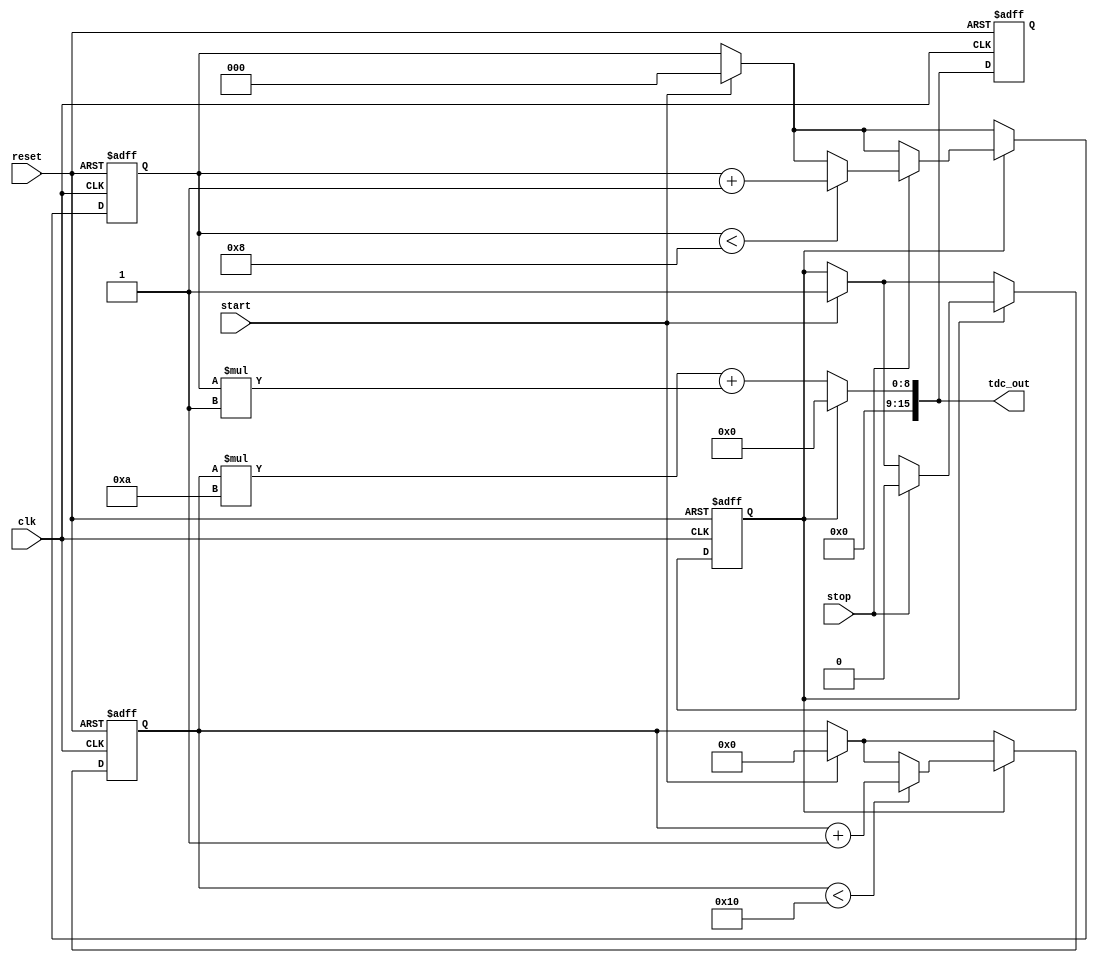
module TDC_Vernier_Delay_Line (
    input wire clk,             // System clock
    input wire reset,           // Asynchronous reset
    input wire start,           // Start signal
    input wire stop,            // Stop signal
    output reg [15:0] tdc_out   // TDC output (16-bit digital code)
);

    // Parameters for delay lines
    parameter COARSE_DELAY_COUNT = 16; // Number of coarse delay elements
    parameter FINE_DELAY_COUNT = 8;     // Number of fine delay elements
    parameter COARSE_DELAY_INC = 10;    // Coarse delay increment (in time units)
    parameter FINE_DELAY_INC = 1;       // Fine delay increment (in time units)

    // Coarse and fine delay line registers
    reg [COARSE_DELAY_COUNT-1:0] coarse_delay_line;
    reg [FINE_DELAY_COUNT-1:0] fine_delay_line;

    // Control signals
    reg [3:0] coarse_index; // Index for coarse delay
    reg [2:0] fine_index;   // Index for fine delay
    reg measuring;           // Flag to indicate measuring state

    // Initialize output and delay lines
    always @(posedge clk or posedge reset) begin
        if (reset) begin
            tdc_out <= 16'b0;
            coarse_delay_line <= 0;
            fine_delay_line <= 0;
            coarse_index <= 0;
            fine_index <= 0;
            measuring <= 0;
        end else begin
            if (start) begin
                // Start measuring
                measuring <= 1;
                coarse_index <= 0;
                fine_index <= 0;
                coarse_delay_line <= 0; // Reset coarse delay line
            end

            if (measuring) begin
                // Coarse delay measurement
                if (coarse_index < COARSE_DELAY_COUNT) begin
                    coarse_delay_line[coarse_index] <= 1; // Activate coarse delay element
                    coarse_index <= coarse_index + 1;
                end
                
                // Fine delay measurement upon stop signal
                if (stop) begin
                    measuring <= 0; // Stop measuring
                    // Activate fine delay line
                    if (fine_index < FINE_DELAY_COUNT) begin
                        fine_delay_line[fine_index] <= 1; // Activate fine delay element
                        fine_index <= fine_index + 1;
                    end
                end
            end
        end
    end

    // Combine coarse and fine delay measurements into digital output
    always @(*) begin
        if (!measuring) begin
            // Calculate the digital output based on active delay lines
            tdc_out = (coarse_index * COARSE_DELAY_INC) + (fine_index * FINE_DELAY_INC);
        end else begin
            tdc_out = 16'b0; // Output zero while measuring
        end
    end

endmodule